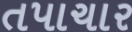
તપાચાર